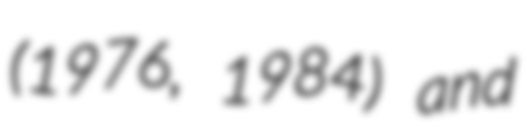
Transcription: (1976, 1984) and